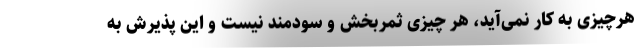
هرچیزی به کار نمی‌آید، هر چیزی ثمربخش و سودمند نیست و این پذیرش به